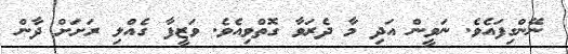
ނޭންގިފައެވެ. ނަވީން އަދި މާ ދެރަވާ ގޮތްވިއެވެ. ވަޒީފާ ގެއްލި ރަށަށް ދާން